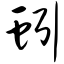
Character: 蚓